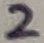
Text: 2